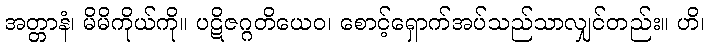
အတ္တာနံ၊ မိမိကိုယ်ကို။ ပဋိဇဂ္ဂတိယေဝ၊ စောင့်ရှောက်အပ်သည်သာလျှင်တည်း။ ဟိ၊